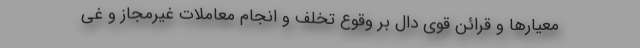
معیارها و قرائن قوی دال بر وقوع تخلف و انجام معاملات غیرمجاز و غی